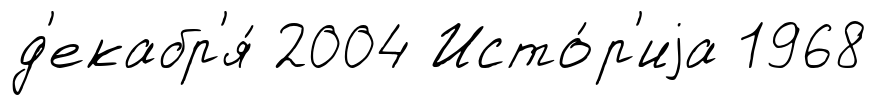
д'екабр'я́ 2004 Исто́р'иjа 1968